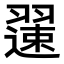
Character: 𫅯